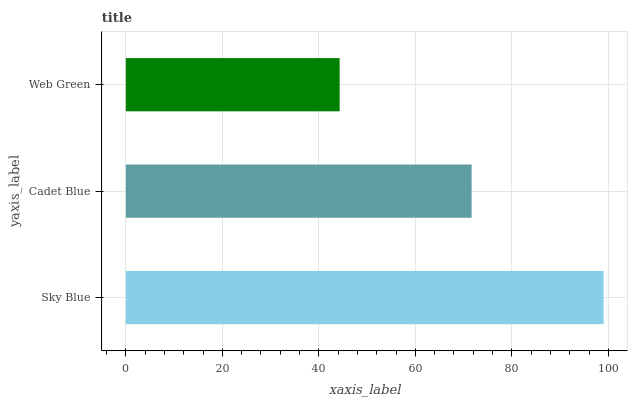
| yaxis_label | bars |
 | --- | --- |
 | Sky Blue | 99 |
 | Cadet Blue | 71.7 |
 | Web Green | 44.3 |